Lock hospitals Punjab
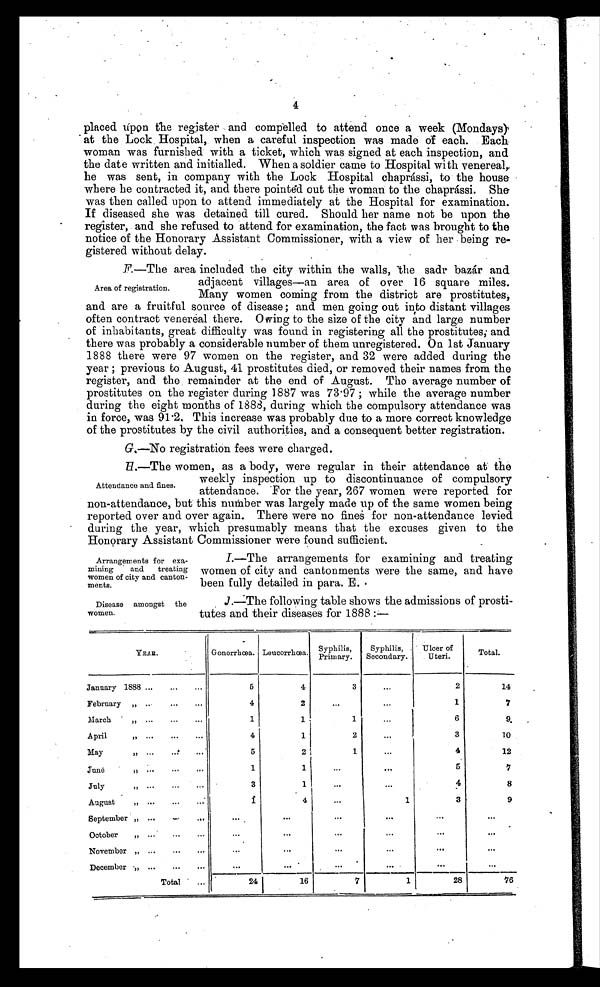
Arrangements for exa-
mining and treating
women of city and canton-
ments.
Disease amongst the
women.
4
placed úpon the register and compelled to attend once a week (Mondays)
at the Lock Hospital, when a careful inspection was made of each. Each.
woman was furnished with a ticket, which was signed at each inspection, and
the date written and initialled. When a soldier came to Hospital with venereal,
he was sent, in company with the Lock Hospital chaprássi, to the house
where he contracted it, and there pointed out the woman to the chaprássi. She
was then called upon to attend immediately at the Hospital for examination.
If diseased she was detained till cured. Should her name not be upon the
register, and she refused to attend for examination, the fact was brought to the
notice of the Honorary Assistant Commissioner, with a view of her being re-
gistered without delay.
F.—The area included the city within the walls, the sadr bazár and
adjacent villages—an area of over 16 square miles.
Many women coming from the district are prostitutes,
and are a fruitful source of disease; and men going out into distant villages
often contract venereal there. Owing to the size of the city and large number
of inhabitants, great difficulty was found in registering all the prostitutes; and
there was probably a considerable number of them unregistered. On 1st January
1888 there were 97 women on the register, and 32 were added during the
year ; previous to August, 41 prostitutes died, or removed their names from the
register, and the remainder at the end of August. Tho average number of
prostitutes on the register during 1887 was 73.97 ; while the average number
during the eight months of 1888, during which the compulsory attendance was
in force, was 91.2. This increase was probably due to a more correct knowledge
of the prostitutes by the civil authorities, and a consequent better registration.
G.—No registration fees were charged.
H.—The women, as a body, were regular in their attendance at the
weekly inspection up to discontinuance of compulsory
attendance. For the year, 267 women were reported for
non-attendance, but this number was largely made up of the same women being
reported over and over again. There were no fines for non-attendance levied
during the year, which presumably means that the excuses given to the
Honorary Assistant Commissioner were found sufficient.
I.—The arrangements for examining and treating
women of city and cantonments were the same, and have
been fully detailed in para. E.
J.—The following table shows the admissions of prosti-
tutes and their diseases for 1888 :—
YEAR.
Gonorrhœa. Leucorrhœa.
Syphilis,
Primary.
Syphilis,
Secondary.
Ulcer of
Uteri.
Total.
January 1888 . . .
...
. . .
5
4
3
. . .
2
14
February
„
. . . ...
...
4
2
...
. . .
1
7
March
„
. . .
. . .
...
1
1
1
...
6
9
April
„
. . . ... ...
4
1
2
...
3
10
May
„
. . . ... ...
5
2
...
4
12
Sane
„
...
. . .
. . .
1
1
. . .
. . .
5
7
July
„
. . .
. . .
...
3
1
...
...
4
8
August
„
. . .
. . .
. . .
1
_
4
. . .
1
3
9
September „ ...
. . .
. . . . . .
...
...
...
. . ....
October
„
. . .
. . .
...
...
...
. . .
. . .
. . .
. . .
November „ ...
. . .
...
...
...
. . .
...
...
. . .
D ecember „
. . . ...
. . .
•••
•••
•••
•••
•••
Total
. . .
24
16
7
1
28
76
Area of registration.
Attendance and fines.